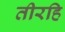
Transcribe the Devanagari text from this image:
तीरहि